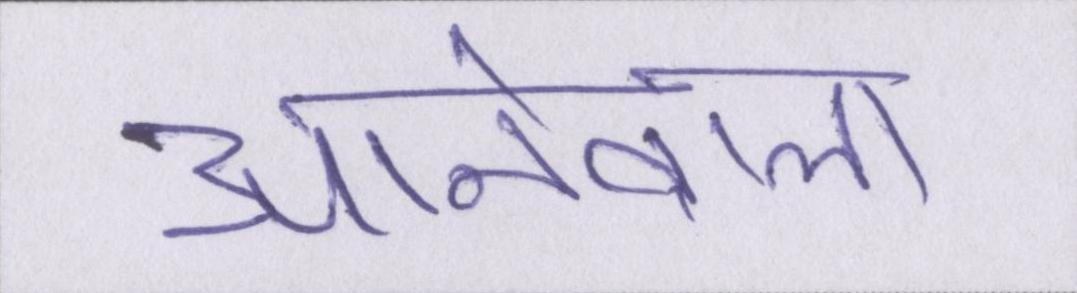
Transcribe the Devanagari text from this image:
आनेवाला।